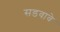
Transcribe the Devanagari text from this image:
सडवावे